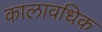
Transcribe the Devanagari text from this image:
कालावधिक